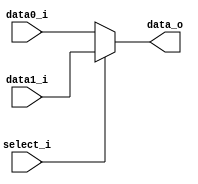
//Subject:     Architecture project 2 - MUX 2to1
//--------------------------------------------------------------------------------
//Version:     1
//--------------------------------------------------------------------------------
//Writer:      
//----------------------------------------------
//Date:        
//----------------------------------------------
//Description: 
//--------------------------------------------------------------------------------
     
module MUX_2to1(
               data0_i,
               data1_i,
               select_i,
               data_o
               );

parameter size = 0;			   
			
//I/O ports               
input   [size-1:0] data0_i;          
input   [size-1:0] data1_i;
input              select_i;
output  [size-1:0] data_o; 

//Internal Signals
reg     [size-1:0] data_o;

//Main function

	always@(*)begin
		data_o = (select_i==1'b1)? data1_i : data0_i;
	end


endmodule